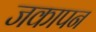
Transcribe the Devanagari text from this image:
जकापन